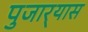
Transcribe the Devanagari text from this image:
पुजार्‍यास